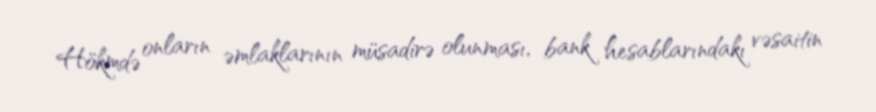
Hökmdə onların əmlaklarının müsadirə olunması, bank hesablarındakı vəsaitin